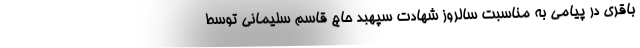
باقری در پیامی به مناسبت سالروز شهادت سپهبد حاج قاسم سلیمانی توسط